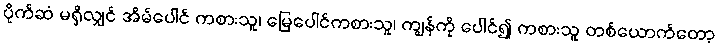
ပိုက်ဆံ မရှိလျှင် အိမ်ပေါင် ကစားသူ၊ မြေပေါင်ကစားသူ၊ ကျွန်ကို ပေါင်၍ ကစားသူ တစ်ယောက်တော့